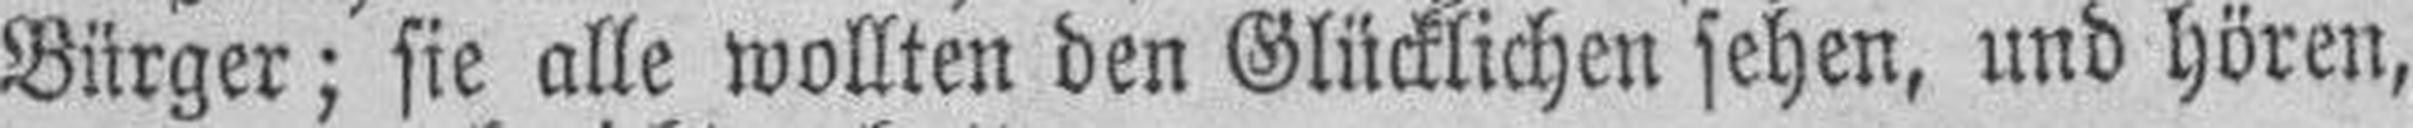
Bürger; sie alle wollten den Glücklichen sehen, und hören,